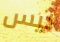
ليس